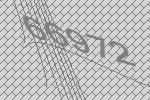
66972